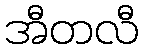
အီတလီ